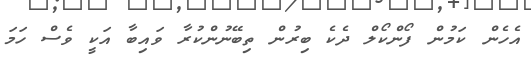
އެހެން ކަމުން ފޯންކޯލް ދެކެ ބިރުން ތިބޭނުންކުރާ ވައިބާ އަކީ ވެސް ހަމަ